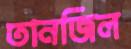
তানজিল